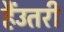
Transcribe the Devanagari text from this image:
हैंउतरी